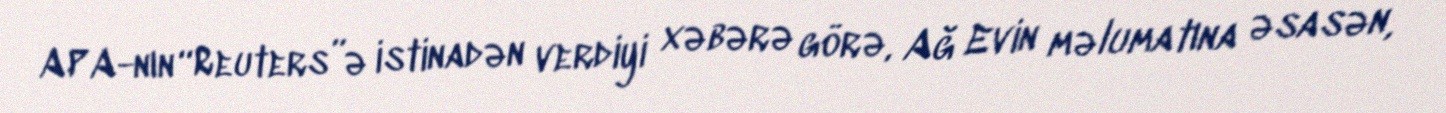
APA-nın “Reuters”ə istinadən verdiyi xəbərə görə, Ağ Evin məlumatına əsasən,